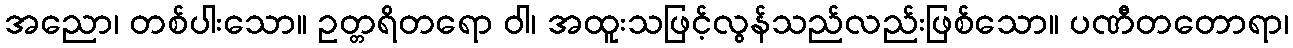
အညော၊ တစ်ပါးသော။ ဥတ္တရိတရော ဝါ၊ အထူးသဖြင့်လွန်သည်လည်းဖြစ်သော။ ပဏီတတောရာ၊